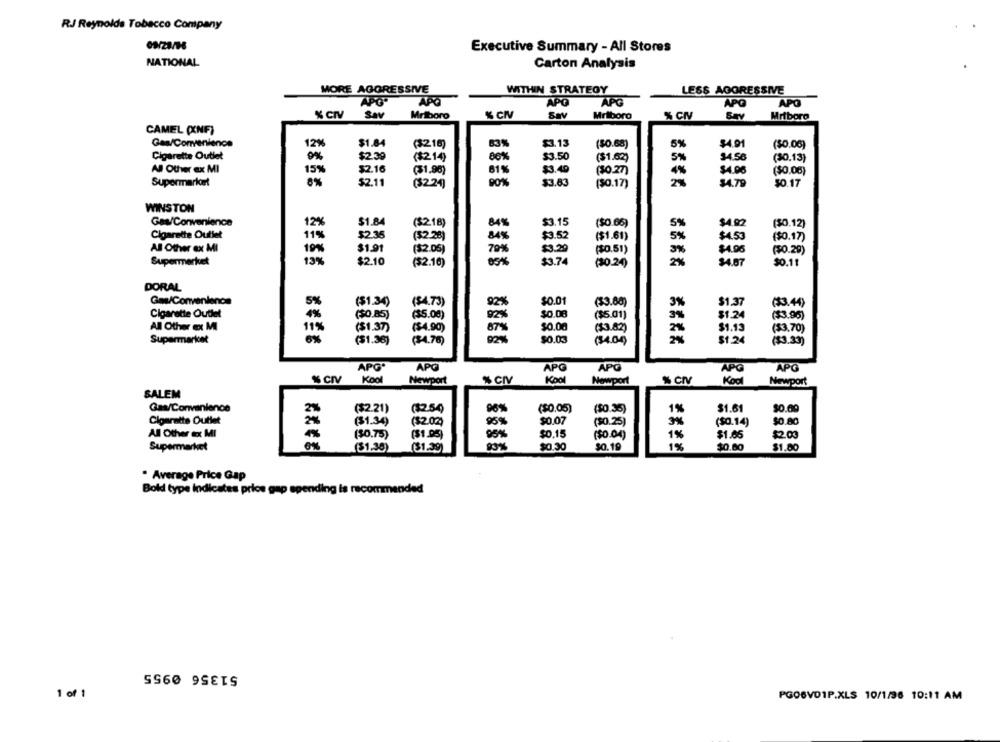
RJ Reynolds Tobacco Company
Executive Summary - All Stores
NATIONAL
Carton Analysis
MORE AGGRESSIVE
WITHIN STRATEGY
LESS AGGRESSIVE
APO"
APG
APO
APG
APO
APO
% CIV
Sav
Mriboro
% CIV
Sav
Mriboro
% CN
Say
Mriboro
CAMEL (XNF)
$1.84
Gas/Comienience
12%
($218)
83%
$3.13
($0.68)
5%
$4.91
($0.06)
Cigarette Outlet
$2.39
$3.50
34.56
($2.14)
86%
($1.69)
5%
(30.13)
All Other ex MI
15%
$2.16
(31.90)
81%
$3.40
(30.27)
$4.96
($0.06)
Supermariort
8%
$2.11
(32.24)
$3.83
($0.17)
2%
$4.79
50.17
WINSTON
Gas/Convenience
$1.84
($218)
84%
$3.15
($0.66)
$4.92
(30.12)
12%
5%
Cigarette Outlet
11%
$2.35
($2.28)
84%
$3.52
($1.61)
5%
$4.53
($0.17)
All Other ex MI
19%
$1.91
($2.05)
79%
$3.20
($0.51)
5%
$4.96
($0.29)
15%
Supermerket
$2.10
($2.16)
$3.74
(30.24)
$4.87
$0.11
DORAL
Gas/Convenience
5%
($1.34)
($4.73)
$0.01
(33.60)
3%
$1.37
(#3,44)
Cigarette Outlet
4%
($0.85)
($5.00)
$0.08
($5.01)
3%
$1.24
($3.95)
$0.00
$1.13
All Other ex MI
11%
($1.37)
($4.90)
87%
($3.82)
2%
($3.70)
Supermarket
($1.36]
($4.76)
$0.03
(34.00)
$1.24
($3.33)
APG*
APO
APG
APG
APG
APG
Kod
% CIV
Kool
Newport
% CIV
Nowport
Kool
Newport
SALEM
Gas/Convenience
($2.21)
(32.54)
($0.05)
($0.35)
1%
$1.61
$0.69
Cigarette Outlet
2%
($1.34)
($2.02)
95%
$0.07
($0.25)
3%
($0.14)
$0.80
All Other ex MI
($0.75)
($1.05)
95%
$0.15
($0.04)
1%
$1.65
$2.03
6%
1%
Supermarket
($1.38)
(31.39)
$0.30
$0.19
$0.80
$1.80
* Average Price Gap
Bold type Indicates price gap spending is recommended
51356 0955
1 of 1
PGO6VOIP.XLS 10/1/36 10:11 AM